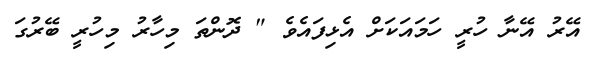
އޭރު އޭނާ ހުރީ ހަމައަކަށް އެޅިފައެވެ " ދޮންތަ މިހާރު މިހުރީ ބޭރުގަ